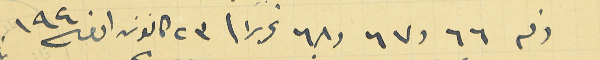
رقم ٦٦ و٦٧ و٦٨ تحريرا فى ٢٣ كانون اول سنة ١٩٤٠